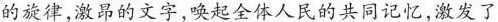
的旋律，激昂的文字，唤起全体人民的共同记忆，激发了